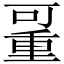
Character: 𠽚